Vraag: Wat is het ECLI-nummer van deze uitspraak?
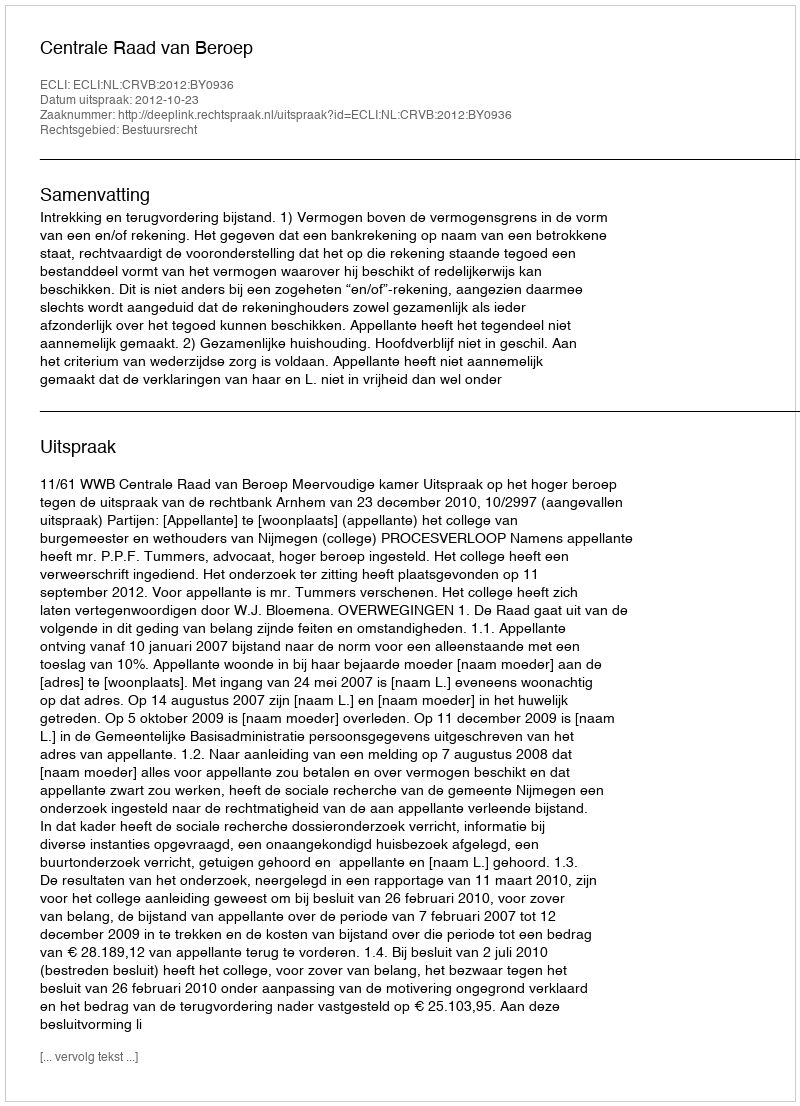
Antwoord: ECLI:NL:CRVB:2012:BY0936